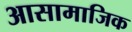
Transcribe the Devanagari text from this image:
आसामाजिक